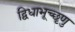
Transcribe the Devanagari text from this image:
द्विधाभूच्छृणु